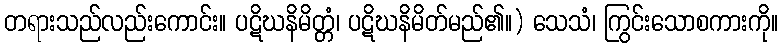
တရားသည်လည်းကောင်း။ ပဋိဃနိမိတ္တံ၊ ပဋိဃနိမိတ်မည်၏။) သေသံ၊ ကြွင်းသောစကားကို။